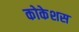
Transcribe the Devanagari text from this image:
कोकेशस